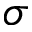
\sigma